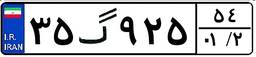
۷۲گ۲۲۱۰۱